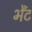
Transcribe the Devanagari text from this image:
भेँट